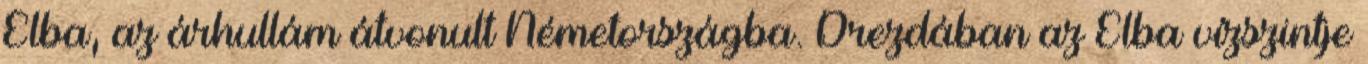
Elba, az árhullám átvonult Németországba. Drezdában az Elba vízszintje